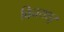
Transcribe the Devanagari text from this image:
विनयशूर